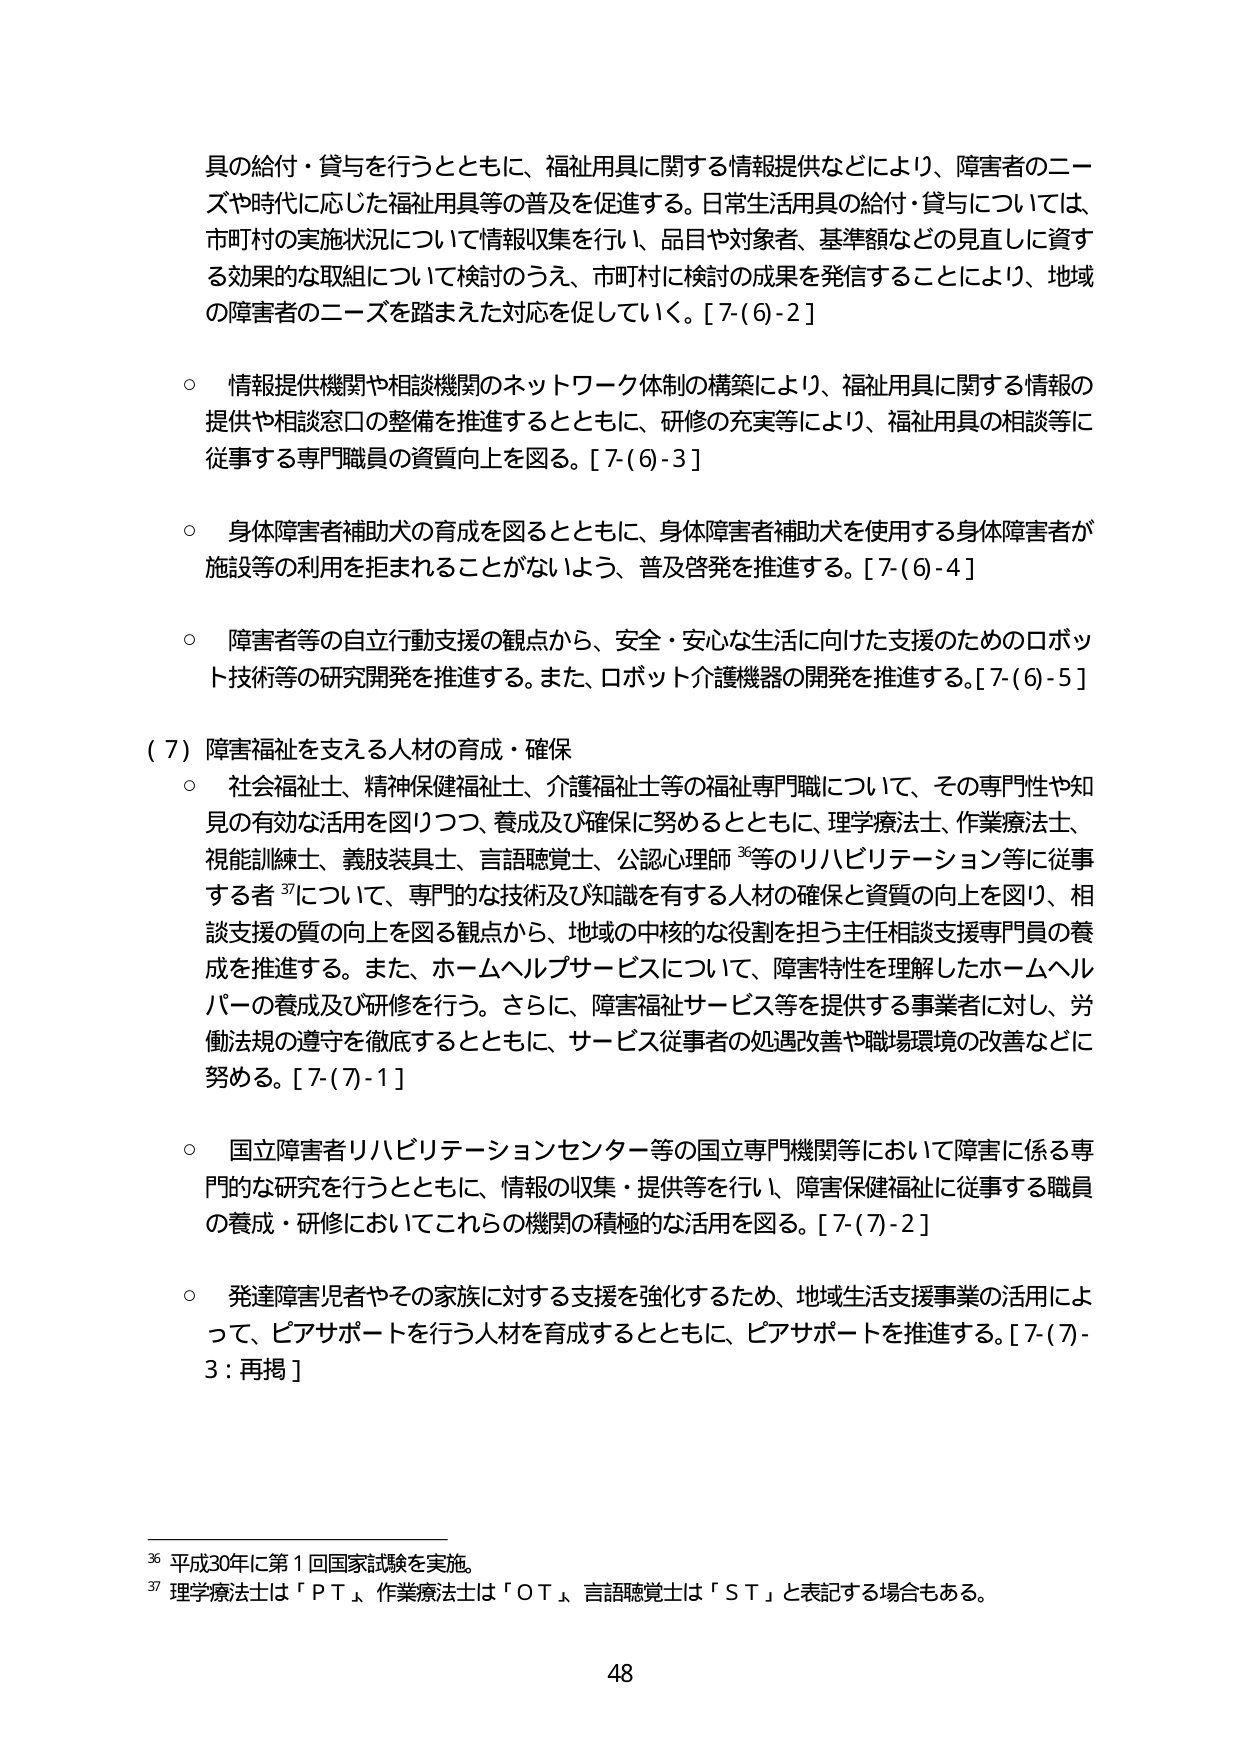
具の給付・貸与を行うとともに、福祉用具に関する情報提供などにより、障害者のニーズや時代に応じた福祉用具等の普及を促進する。日常生活用具の給付・貸与については、市町村の実施状況について情報収集を行い、品目や対象者、基準額などの見直しに資する効果的な取組について検討のうえ、市町村に検討の成果を発信することにより、地域の障害者のニーズを踏まえた対応を促していく。[7-(6)-2]

○ 情報提供機関や相談機関のネットワーク体制の構築により、福祉用具に関する情報の提供や相談窓口の整備を推進するとともに、研修の充実等により、福祉用具の相談等に従事する専門職員の資質向上を図る。[7-(6)-3]

○ 身体障害者補助犬の育成を図るとともに、身体障害者補助犬を使用する身体障害者が施設等の利用を拒まれることがないよう、普及啓発を推進する。[7-(6)-4]

○ 障害者等の自立行動支援の観点から、安全・安心な生活に向けた支援のためのロボット技術等の研究開発を推進する。また、ロボット介護機器の開発を推進する。[7-(6)-5]

(7) 障害福祉を支える人材の育成・確保

○ 社会福祉士、精神保健福祉士、介護福祉士等の福祉専門職について、その専門性や知見の有効な活用を図りつつ、養成及び確保に努めるとともに、理学療法士、作業療法士、視能訓練士、義肢装具士、言語聴覚士、公認心理師36等のリハビリテーション等に従事する者37について、専門的な技術及び知識を有する人材の確保と資質の向上を図り、相談支援の質の向上を図る観点から、地域の中核的な役割を担う主任相談支援専門員の養成を推進する。また、ホームヘルプサービスについて、障害特性を理解したホームヘルパーの養成及び研修を行う。さらに、障害福祉サービス等を提供する事業者に対し、労働法規の遵守を徹底するとともに、サービス従事者の処遇改善や職場環境の改善などに努める。[7-(7)-1]

○ 国立障害者リハビリテーションセンター等の国立専門機関等において障害に係る専門的な研究を行うとともに、情報の収集・提供等を行い、障害保健福祉に従事する職員の養成・研修においてこれらの機関の積極的な活用を図る。[7-(7)-2]

○ 発達障害児者やその家族に対する支援を強化するため、地域生活支援事業の活用によって、ピアサポートを行う人材を育成するとともに、ピアサポートを推進する。[7-(7)-3：再掲]

36 平成30年に第1回国家試験を実施。
37 理学療法士は「ＰＴ」、作業療法士は「ＯＴ」、言語聴覚士は「ＳＴ」と表記する場合もある。

48